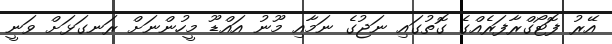
އޭރު ފޮޓޯގްރާފަރެއްގެ ގޮތުގައި ނަޖުގެ ނަމާއި މޫނު އައްޑޫ މީހުންނަށް ރަނގަޅަށް ވަނީ